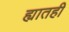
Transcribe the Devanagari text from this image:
ह्यातही